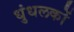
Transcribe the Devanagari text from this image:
धुंधलकों